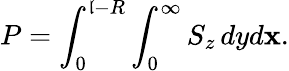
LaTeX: P=\int_{0}^{\mathfrak{l}-R}\int_{0}^{\infty}{S_{z}\, dyd\mathbf{x}}.